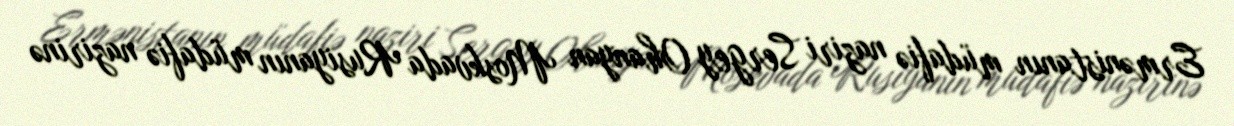
Ermənistanın müdafiə naziri Sergey Ohanyan Moskvada Rusiyanın müdafiə nazirinə